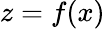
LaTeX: z=f(x)